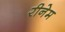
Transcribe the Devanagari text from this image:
रीनेम